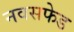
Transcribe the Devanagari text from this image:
नवसफेड